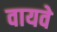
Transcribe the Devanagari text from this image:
वायवे